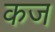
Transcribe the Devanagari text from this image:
कज